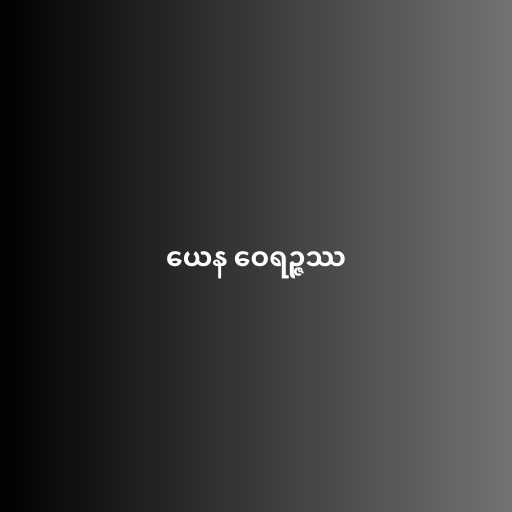
ယေန ဝေရဉ္ဇဿ